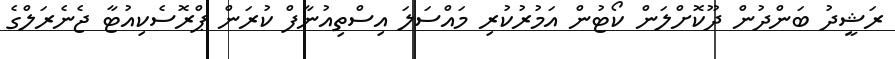
ރަޝީދު ބަންދުން ދޫކޮށްލަން ކޯޓުން އަމުރުކުރި މައްސަލަ އިސްތިއުނާފް ކުރަން ޕްރޮސެކިއުޓާ ޖެނެރަލްގެ